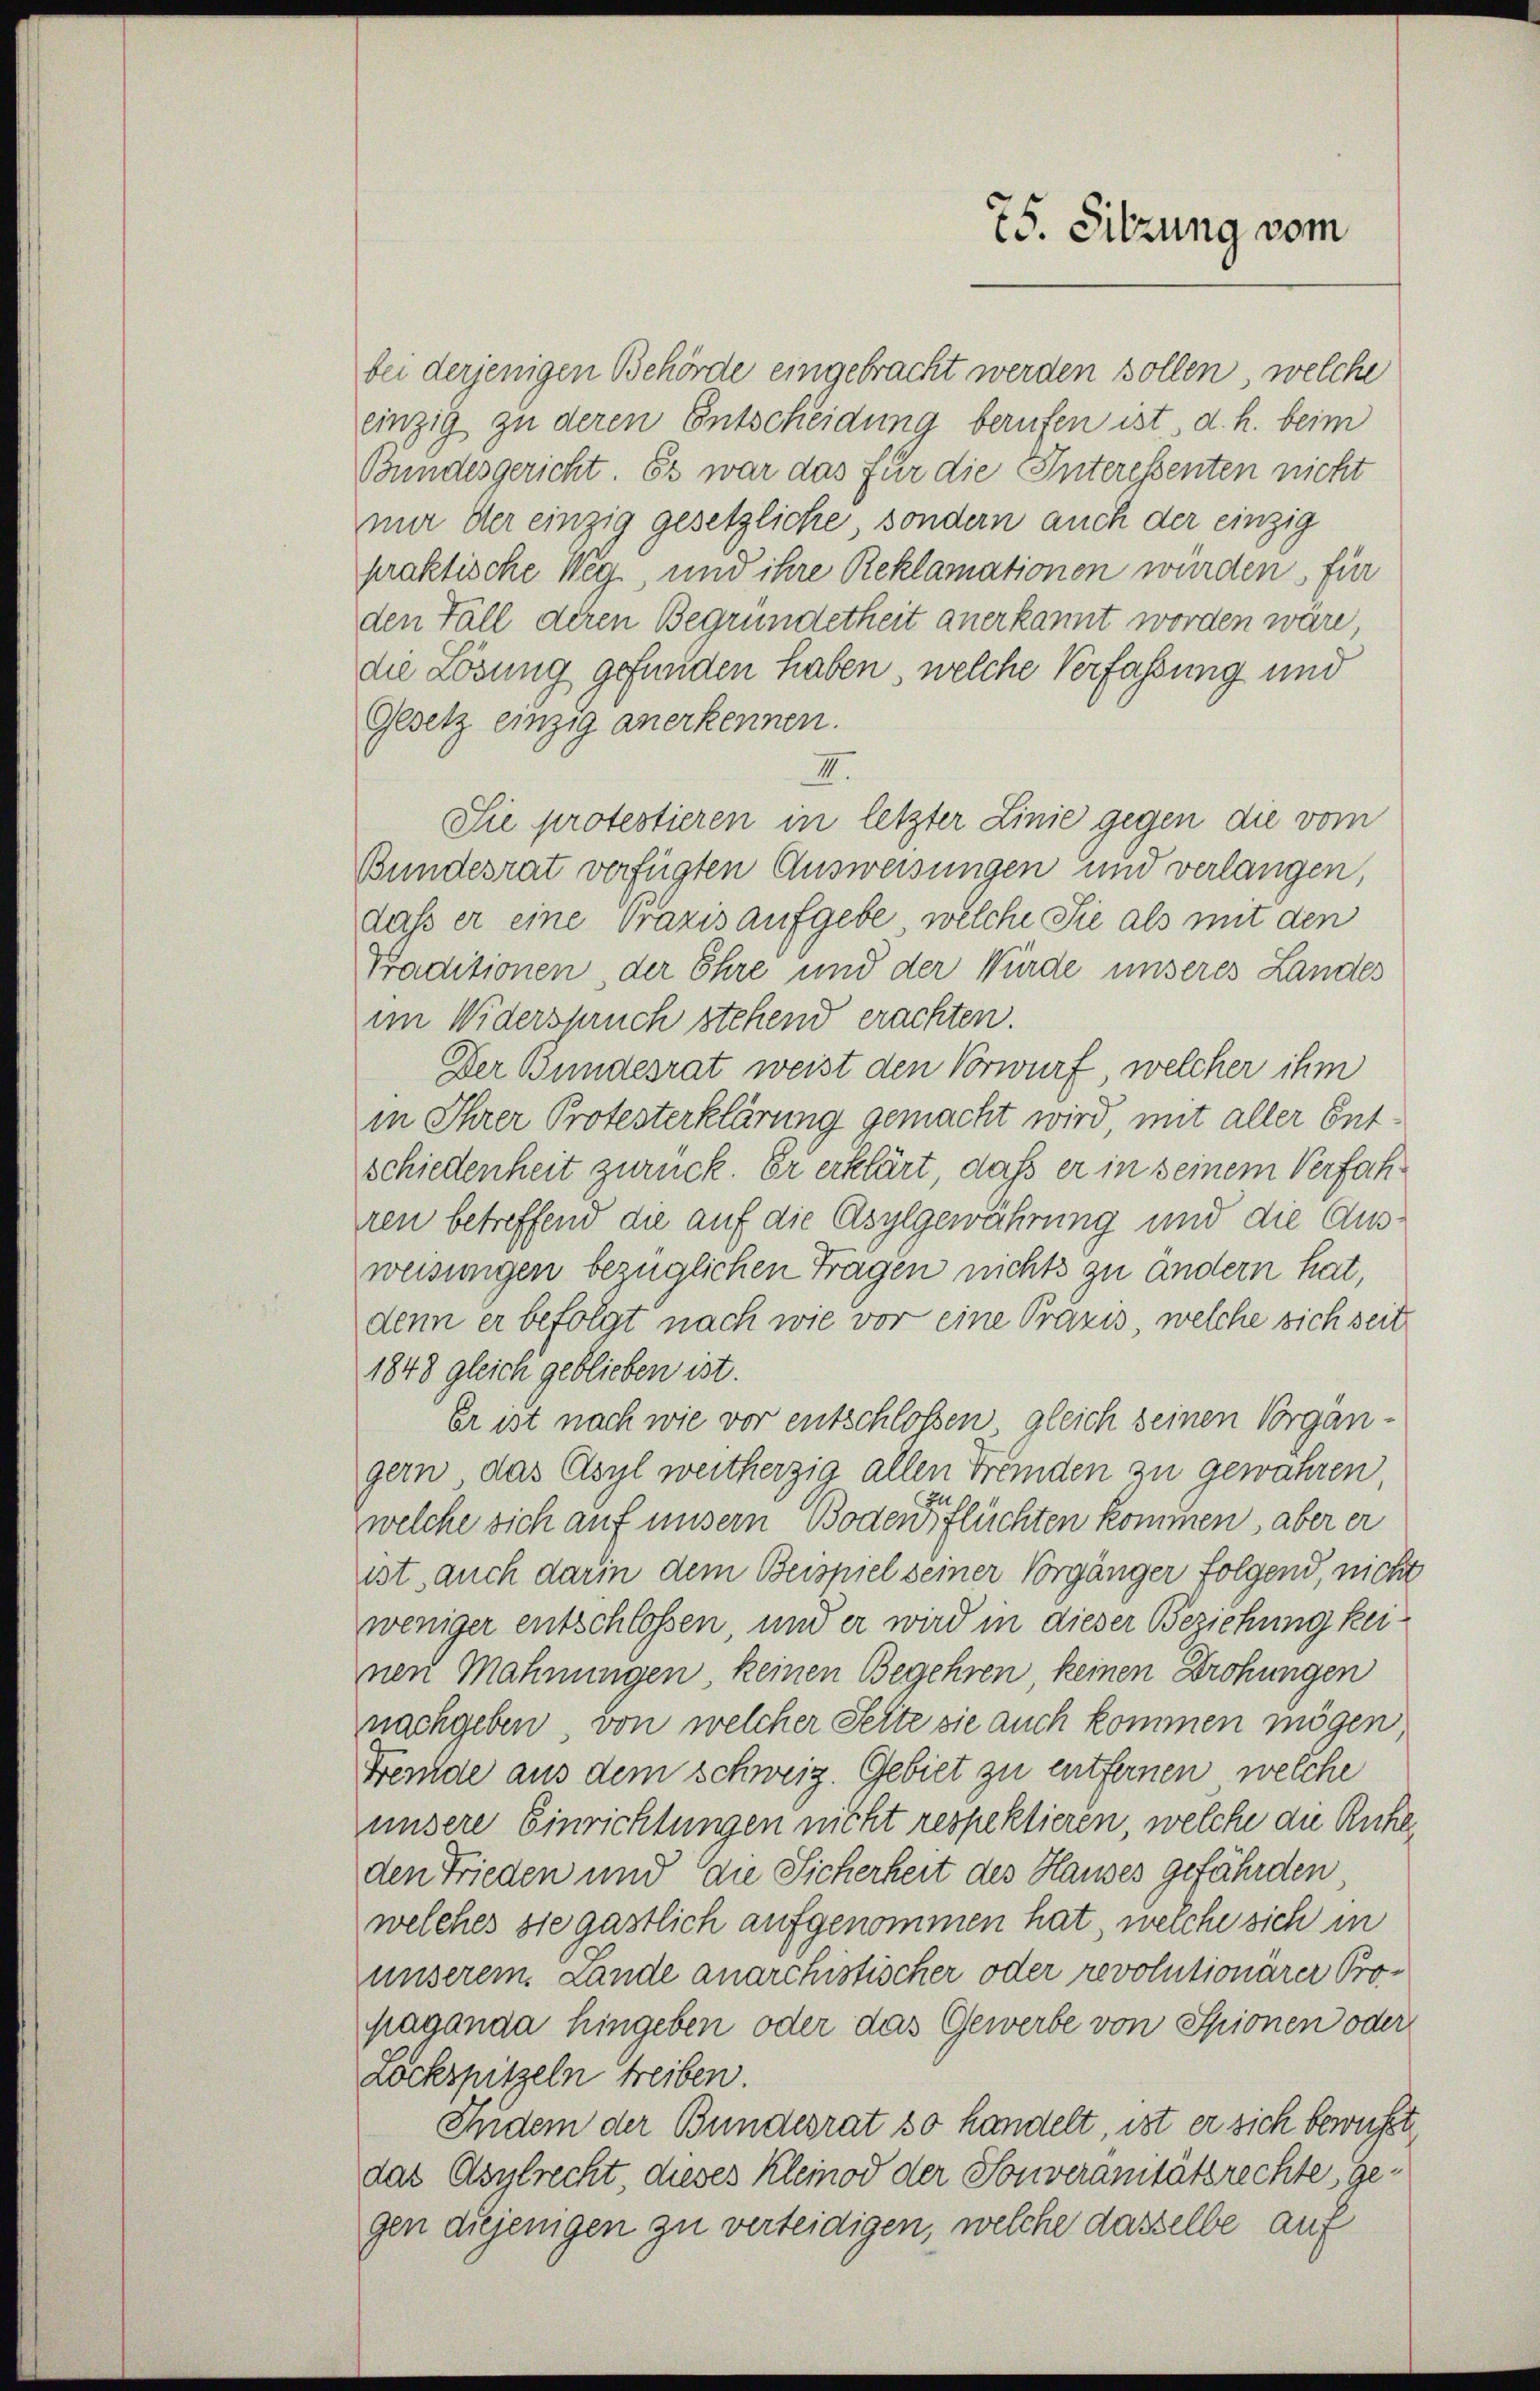
75. Sitzung vom

bei derjenigen Behörde eingebracht werden sollen, welche
einzig zu deren Entscheidung berufen ist d. h. beim
Bundesgericht. Es war das für die Interessenten nicht
mir der einzig gesetzliche sondern auch der einzig
praktische Weg, und ihre Reklamationen würden, für
den Fall deren Begründetheit anerkannt worden wäre,
die Lösung gefunden haben, welche Verfassung und
Gesetz einzig anerkennen.
II.
Sie protestieren in letzter Linie gegen die vom
Bundesrat verfügten Ausweisungen und verlangen,
daß er eine Praxis aufgebe, welche Sie als mit den
Traditionen, der Ehre und der Würde unseres Landes
im Widerspruch stehend erachten.
Der Bundesrat weist den Vorwurf, welcher ihm
in Ihrer Protesterklärung gemacht wird, mit aller Entschiedenheit zurück. Er erklärt, daß er in seinem Verfahren betreffend die auf die Asylgewährung und die Ausweisungen bezüglichen Tragen nichts zu ändern hat,
denn er befolgt nach wie vor eine Praxis, welche sich seit
1848 gleich geblieben ist.
Er ist nach wie vor entschlossen, gleich seinen Vorgängern, das Asyl weitherzig allen Fremden zu gewähren,
welche sich auf unsern Boden flüchten kommen, aber er
ist, auch darin dem Beispiel seiner Vorgänger folgend, nicht
weniger entschlossen und er wird in dieser Beziehung keinen Mahnungen, keinen Begehren keinen Drohungen
nachgeben, von welcher Selte sie auch kommen mögen
Fende aus dem schweiz. Gebiet zu entfernen, welche
unsere Einrichtungen nicht respektieren welche an Ruheden Frieden und die Sicherheit des Hauses gefährden,
welches sie gastlich aufgenommen hat, welche sich in
unserem Lande anarchistischer oder revolutionärer Propaganda hingeben oder das Gewerbe von Spionen oder
Löckspitzeln treiben.
Indem der Bundesrat so handelt, ist er sich bewusst
das Asylrecht, dieses Kleinod der Souveranitätsrechte, gegen diejenigen zu verteidigen, welche dasselbe auf